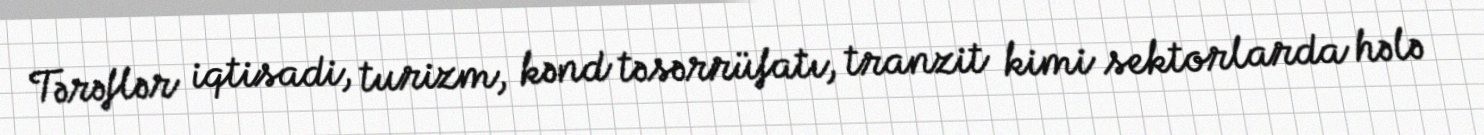
Tərəflər iqtisadi, turizm, kənd təsərrüfatı, tranzit kimi sektorlarda hələ